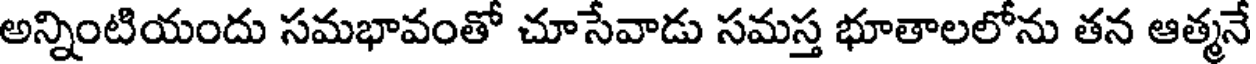
అన్నింటియందు సమభావంతో చూసేవాడు సమస్త భూతాలలోను తన ఆత్మనే